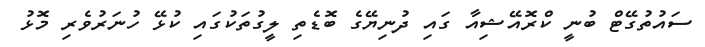
ސައުތުގޭޓް ބުނީ ކްރޮއޭޝިއާ ގައި ދުނިޔޭގެ ބޮޑެތި ލީގުތަކުގައި ކުޅޭ ހުނަރުވެރި މޮޅު